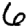
Digit: 6